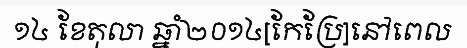
១៤ ខែតុលា ឆ្នាំ២០១៤[កែប្រែ]នៅពេល